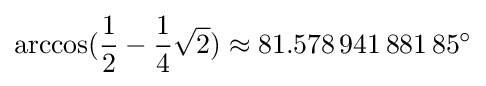
\arccos({\frac {1}{2}}-{\frac {1}{4}}{\sqrt {2}})\approx 81.578\,941\,881\,85^{\circ }